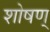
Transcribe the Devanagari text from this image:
शोषण्